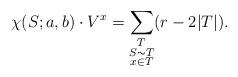
LaTeX: \begin{align*}\chi(S;a,b) \cdot {V}^x = \sum_{\substack{T\\ S \thicksim T\\ x \in T}} (r-2|T|).\end{align*}